Indian journal of veterinary science and animal husbandry - Volume 8,
Year: 1938
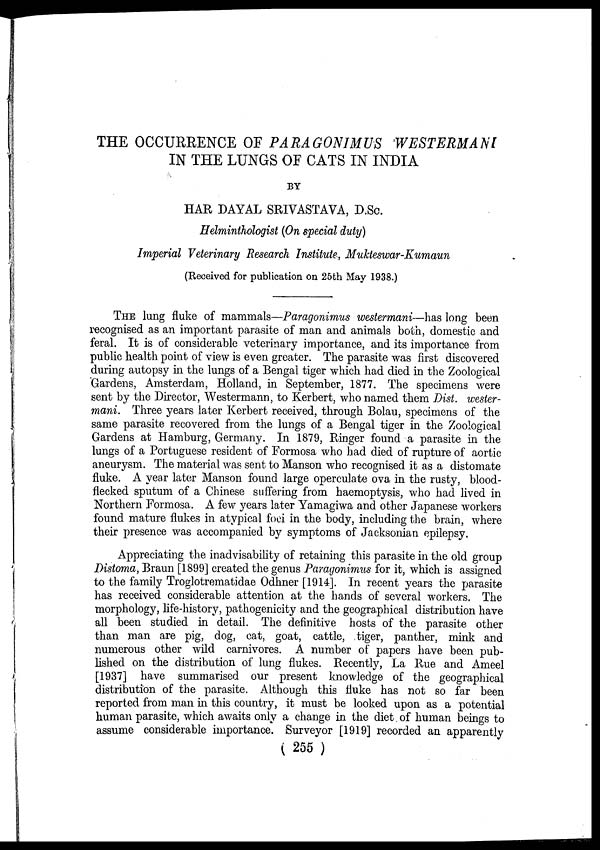
THE OCCURRENCE OF PARAGONIMUS WESTERMANI
IN THE LUNGS OF CATS IN INDIA
BY
HAR DAYAL SRIVASTAVA, D.Sc.
Helminthologist (On special duty)
Imperial Veterinary Research Institute, Mukteswar-Kumaun
(Received for publication on 25th May 1938.)
THE lung fluke of mammals—Paragonimus westermani—has long been
recognised as an important parasite of man and animals both, domestic and
feral. It is of considerable veterinary importance, and its importance from
public health point of view is even greater. The parasite was first discovered
during autopsy in the lungs of a Bengal tiger which had died in the Zoological
Gardens, Amsterdam, Holland, in September, 1877. The specimens were
sent by the Director, Westermann, to Kerbert, who named them Dist. wester -
mani. Three years later Kerbert received, through Bolau, specimens of the
same parasite recovered from the lungs of a Bengal tiger in the Zoological
Gardens at Hamburg, Germany. In 1879, Ringer found a parasite in the
lungs of a Portuguese resident of Formosa who had died of rupture of aortic
aneurysm. The material was sent to Manson who recognised it as a distomate
fluke. A year later Manson found large operculate ova in the rusty, blood-
flecked sputum of a Chinese suffering from haemoptysis, who had lived in
Northern Formosa. A few years later Yamagiwa and other Japanese workers
found mature flukes in atypical foci in the body, including the brain, where
their presence was accompanied by symptoms of Jacksonian epilepsy.
Appreciating the inadvisability of retaining this parasite in the old group
Distoma, Braun [1899] created the genus Paragonimus for it, which is assigned
to the family Troglotrematidae Odhner [1914]. In recent years the parasite
has received considerable attention at the hands of several workers. The
morphology, life-history, pathogenicity and the geographical distribution have
all been studied in detail. The definitive hosts of the parasite other
than man are pig, dog, cat, goat, cattle, tiger, panther, mink and
numerous other wild carnivores. A number of papers have been pub-
lished on the distribution of lung flukes. Recently, La Rue and Ameel
[1937] have summarised our present knowledge of the geographical
distribution of the parasite. Although this fluke has not so far been
reported from man in this country, it must be looked upon as a potential
human parasite, which awaits only a change in the diet of human beings to
assume considerable importance. Surveyor [1919] recorded an apparently
( 255 )